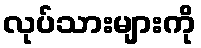
လုပ်သားများကို